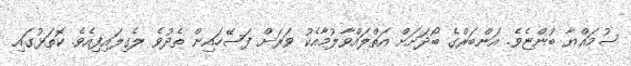
ސުމައްޔާ ބުންޏެވެ. އަންބަރްގެ ބޯދަށަށް އަތްލައްވާލުމާއެކު ވަރަށް ފަސޭހައިން ތެދުވެ ލެގިލައިފިއެވެ. ކޮތަޅުގައި